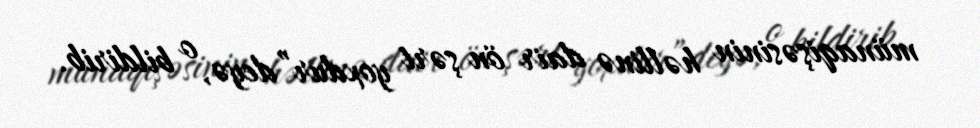
münaqişəsinin həllinə dair ön şərt yoxdur”deyə, o bildirib.